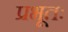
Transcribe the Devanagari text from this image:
प्रभूतः